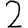
Digit: 2